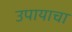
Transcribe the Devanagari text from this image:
उपायाचा